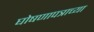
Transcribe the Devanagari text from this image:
घोषणापत्राच्या